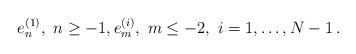
LaTeX: \begin{align*}e_n^{(1)},\ n\ge -1,e_m^{(i)},\ m\le -2,\ i=1,\ldots, N-1\, .\end{align*}